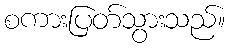
စကားပြတ်သွားသည်။